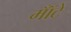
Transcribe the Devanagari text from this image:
मॉँटे